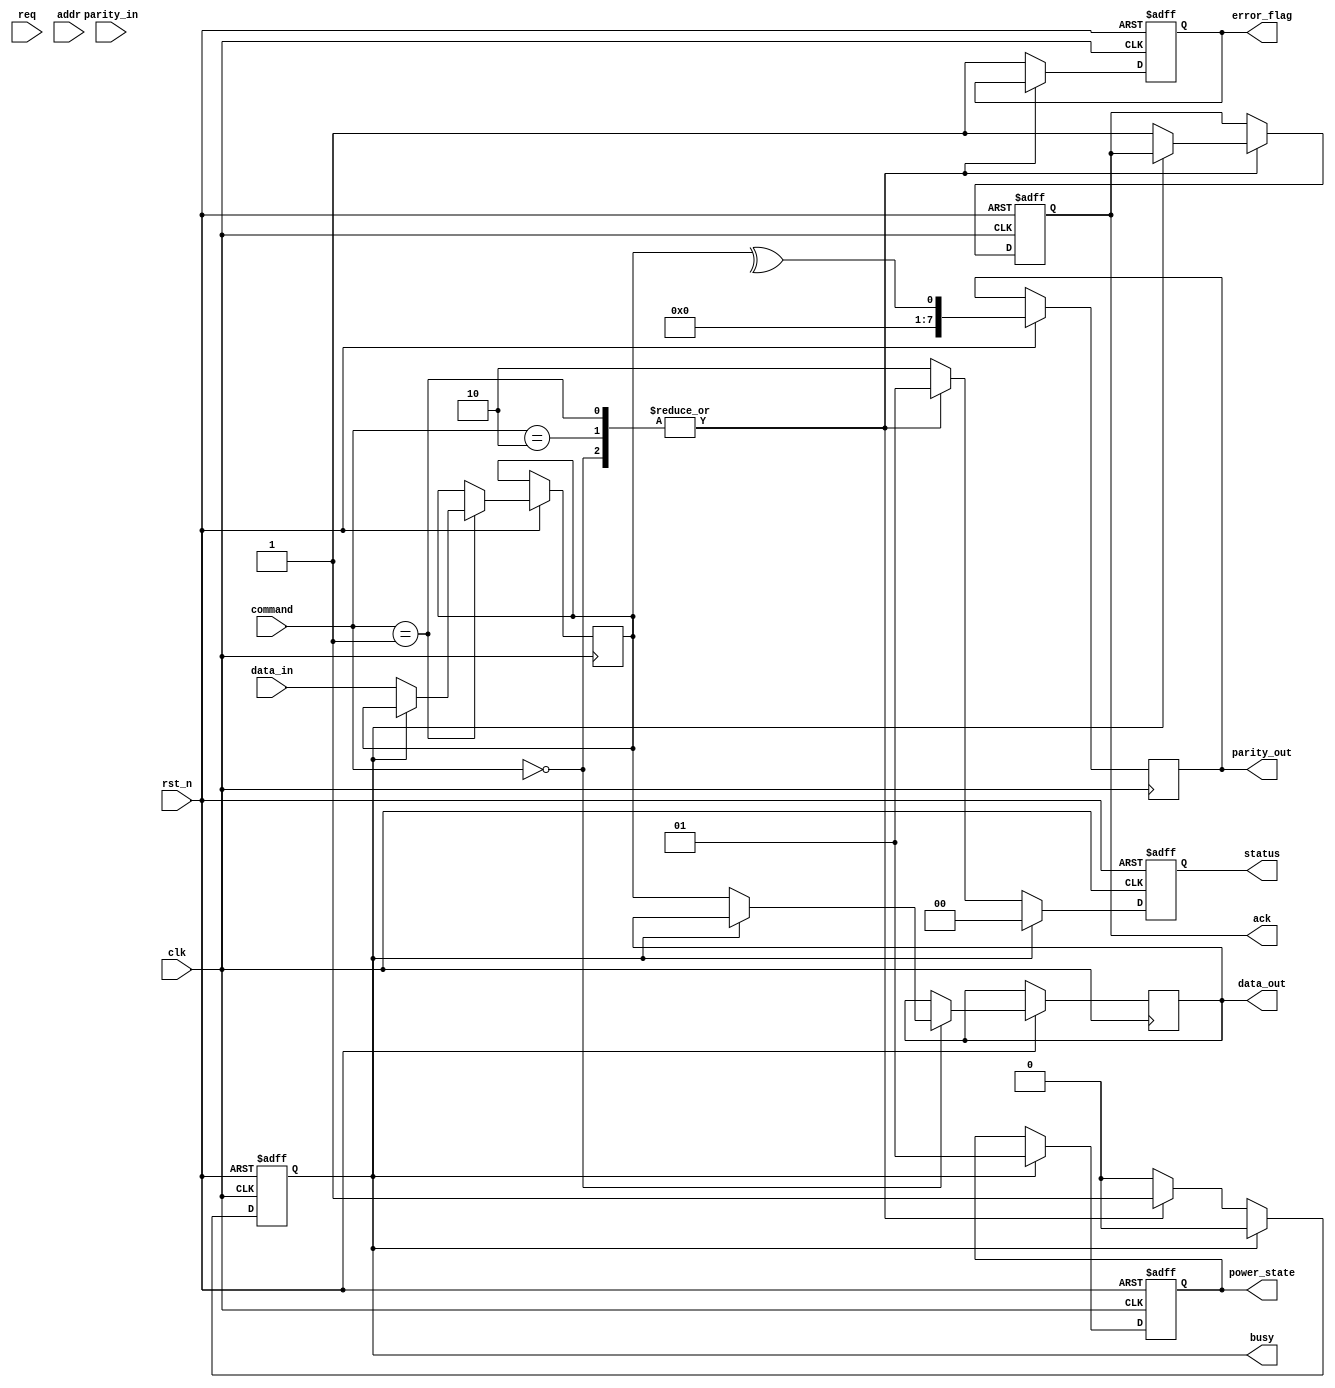
module SSD_IO_Block (
    input wire clk,               // Clock signal
    input wire rst_n,             // Active low reset
    input wire req,               // Request signal from host
    output reg ack,               // Acknowledge signal to host
    output reg busy,              // Busy signal
    input wire [31:0] addr,       // Address bus
    input wire [31:0] data_in,    // Data input bus
    output reg [31:0] data_out,   // Data output bus
    output reg error_flag,         // Error status flag
    output reg [1:0] status,       // Status register (00: READY, 01: BUSY, 10: ERROR)
    input wire [1:0] command,      // Command register (00: READ, 01: WRITE, 10: ERASE)
    input wire [7:0] parity_in,     // Parity bit input for error detection
    output reg [7:0] parity_out,    // Parity bit output
    output reg [1:0] power_state   // Power state (00: ACTIVE, 01: IDLE, 10: SLEEP)
);

    // State definitions
    localparam READY = 2'b00;
    localparam BUSY = 2'b01;
    localparam ERROR = 2'b10;

    // Internal registers
    reg [31:0] data_latch;         // Data latch for incoming data
    reg [31:0] command_reg;        // Command register
    reg [31:0] status_reg;         // Status register
    reg [31:0] address_reg;        // Address register

    // Initialize on reset
    always @(posedge clk or negedge rst_n) begin
        if (!rst_n) begin
            ack <= 0;
            busy <= 0;
            error_flag <= 0;
            status <= READY;
            power_state <= 2'b00; // ACTIVE
        end else begin
            // Handle commands
            case (command)
                2'b00: begin // READ
                    if (!busy) begin
                        busy <= 1;
                        status <= BUSY;
                        // Simulate data read from NAND flash
                        data_out <= data_latch; // Assume data is read into data_latch
                        ack <= 1; // Acknowledge the read operation
                    end
                end
                2'b01: begin // WRITE
                    if (!busy) begin
                        busy <= 1;
                        status <= BUSY;
                        data_latch <= data_in; // Capture incoming data
                        // Simulate write operation to NAND flash
                        ack <= 1; // Acknowledge the write operation
                    end
                end
                2'b10: begin // ERASE
                    if (!busy) begin
                        busy <= 1;
                        status <= BUSY;
                        // Simulate erase operation
                        ack <= 1; // Acknowledge the erase operation
                    end
                end
                default: begin
                    error_flag <= 1; // Set error flag for invalid command
                    status <= ERROR;
                end
            endcase
            
            // Update status and power state
            if (busy) begin
                // Simulate operation completion
                busy <= 0;
                status <= READY;
                power_state <= 2'b01; // IDLE after operation
            end
            
            // Handle parity check (simple example)
            parity_out <= ^data_latch; // Calculate parity for outgoing data
        end
    end

endmodule